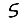
Digit: 5